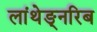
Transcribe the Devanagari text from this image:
लांथेङ्नरिब